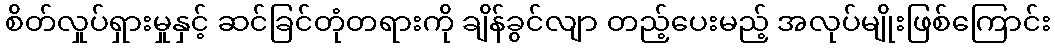
စိတ်လှုပ်ရှားမှုနှင့် ဆင်ခြင်တုံတရားကို ချိန်ခွင်လျာ တည့်ပေးမည့် အလုပ်မျိုးဖြစ်ကြောင်း